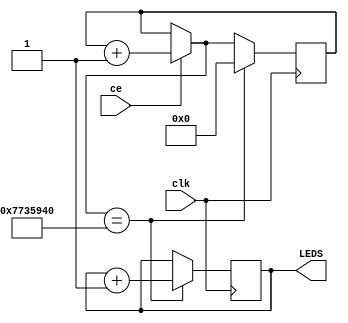
// Status:      works fine

`define CLK_PER_SECOND 125000000   // See line 15
// `define CLK_PER_SECOND 125000      // for tests


module counter (
  input clk,
  input ce,
  output [3:0] LEDS
);
    // TODO: delete this assignment once you write your own logic.
    // assign LEDS = 4'd0;

    // TODO: Instantiate a reg net to count the number of cycles
    // required to reach one second. Note that our clock period is 8ns.
    // Think about how many bits are needed for your reg.

        // 1s/8ns = 125,000,000
        // log_2(125,000,000) = 26,90
        // So we need 27 bits.

  reg [26:0] clk_counter = 27'b0;

    // TODO: Instantiate a reg net to hold the current count,
    // and assign this value to the LEDS.

  reg [3:0] sec_count = 4'b0;
  assign LEDS[3] = sec_count[3];
  assign LEDS[2] = sec_count[2];
  assign LEDS[1] = sec_count[1];
  assign LEDS[0] = sec_count[0];

    // TODO: update the reg if clock is enabled (ce is 1).
    // Once the requisite number of cycles is reached, increment the count.

  always @(posedge clk)
  begin
    
    if (ce == 1)
    begin
      clk_counter = clk_counter + 1;
    end

  // end

  // always @(posedge clk)
  // begin
    
    if (clk_counter == `CLK_PER_SECOND)
    begin
      clk_counter = 0;
      sec_count = sec_count + 1;
    end

  end

endmodule